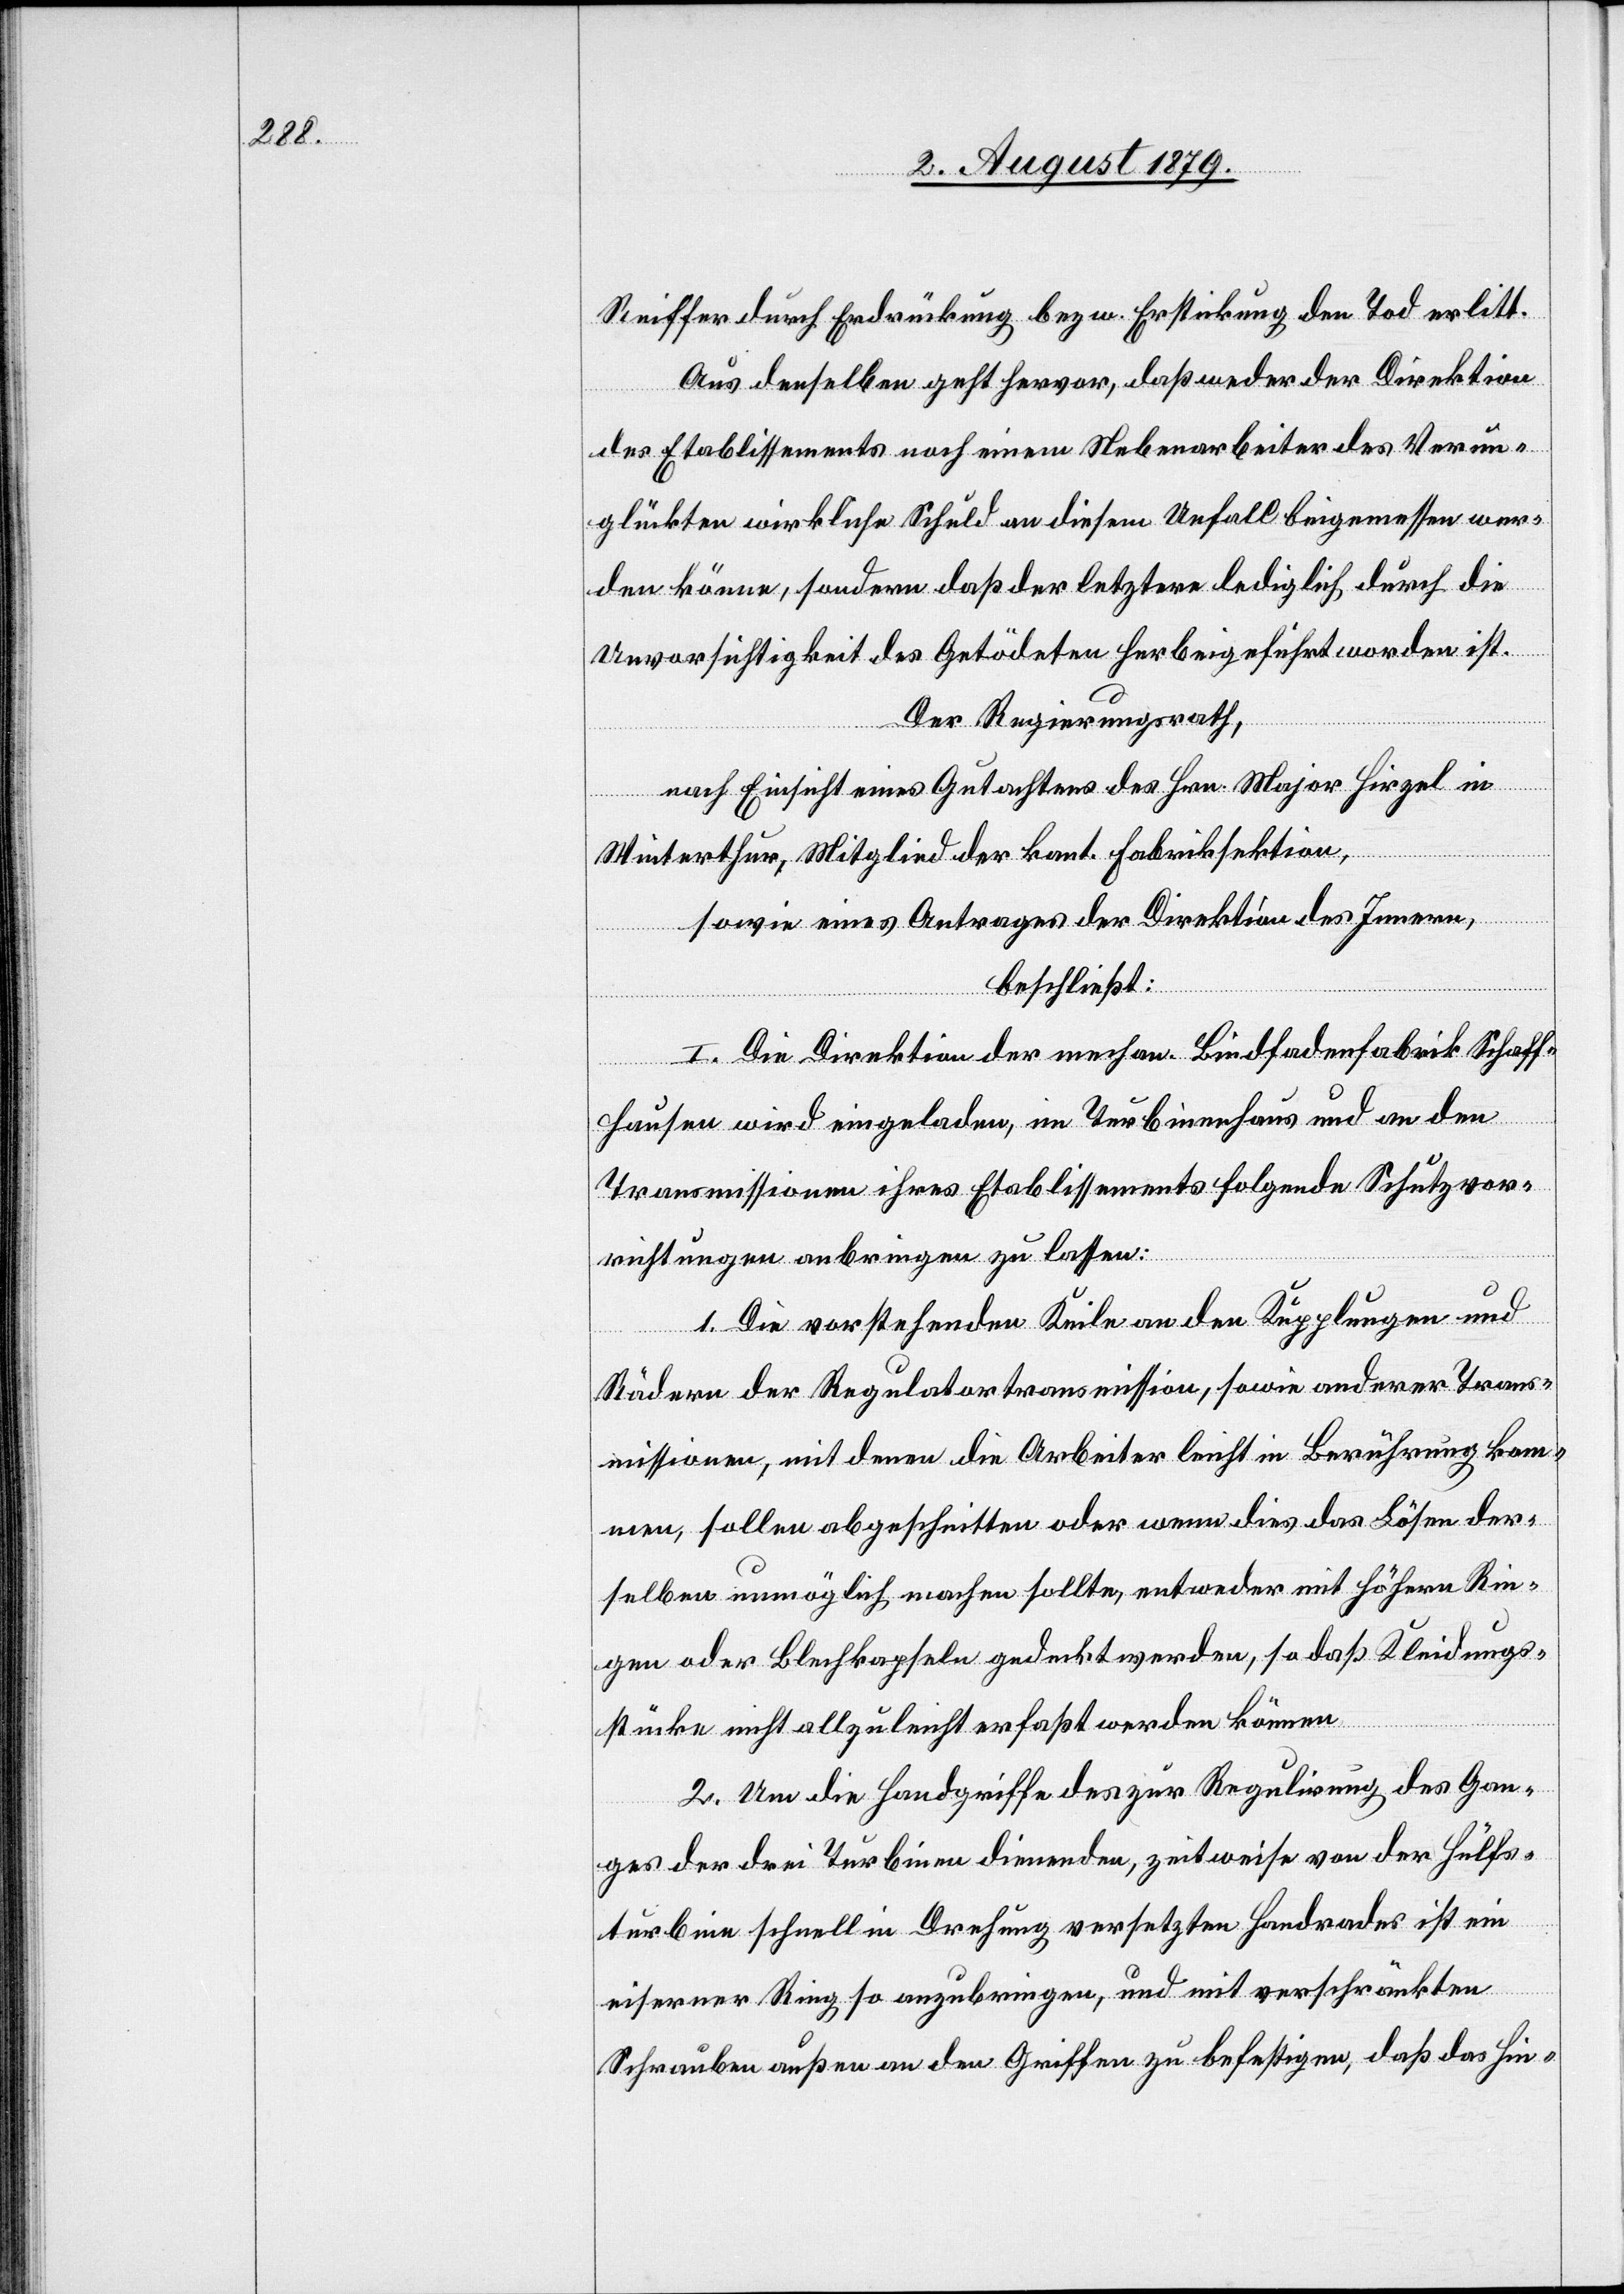
Reiffer durch Erdrückung bezw. Erstickung den Tod erlitt.
Aus denselben geht hervor, daß weder der Direktion
des Etablissements noch einem Nebenarbeiter des Verun¬
glückten wirkliche Schuld an diesem Unfall beigemessen wer¬
den könne, sondern daß der letztere lediglich durch die
Unvorsichtigkeit des Getödeten herbeigeführt worden ist.
Der Regierungsrath,
nach Einsicht eines Gutachtens des Hrn. Major Hirzel in
Winterthur, Mitglied der kant. Fabriksektion,
sowie eines Antrages der Direktion des Innern,
beschließt:
I. Die Direktion der mechan. Bindfadenfabrik Schaff¬
hausen wird eingeladen, im Turbinenhaus und an den
Transmissionen ihres Etablissements folgende Schutzvor¬
richtungen anbringen zu lassen:
1. Die vorstehenden Keile an den Kupplungen und
Rädern der Regulatortransmission, sowie anderer Trans¬
missionen, mit denen die Arbeiter leicht in Berührung kom¬
men, sollen abgeschnitten oder wenn dies das Lösen der¬
selben unmöglich machen sollte, entweder mit höhern Rie¬
gen oder Blechkapseln gedeckt werden, so daß Kleidungs¬
stücke nicht allzuleicht erfasst werden können.
2. Um die Handgriffe des zur Regulirung des Gan¬
ges der drei Turbinen dienenden, zeitweise von der Hülfs¬
turbine schnell in Drehung versetzten Handrades ist ein
eiserner Ring so anzubringen, und mit verschränkten
Schrauben außen an den Griffen zu befestigen, daß das Hin-